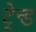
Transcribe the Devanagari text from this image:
ट्रेन्ड